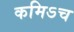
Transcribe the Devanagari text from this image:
कमिऽच